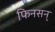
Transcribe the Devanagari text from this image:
फिनसन्‌